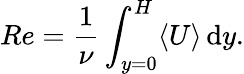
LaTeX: Re=\frac{1}{\nu}\int_{y=0}^{H}\langle U\rangle\, \mathrm{d}y.